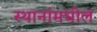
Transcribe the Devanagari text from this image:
स्थानांमधील